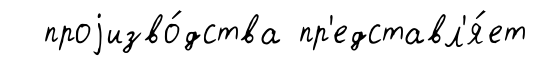
проjизво́дства пр'едставл'я́ет